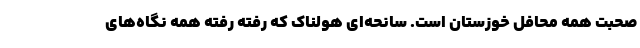
صحبتِ همه محافل خوزستان است. سانحه‌ای هولناک که رفته رفته همه نگاه‌های